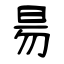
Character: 昜